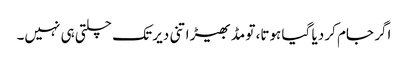
اگر جام کر دیا گیا ہوتا، تو مڈبھیڑ اتنی دیر تک چلتی ہی نہیں۔